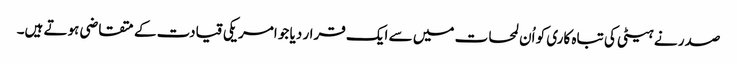
صدر نے ہیٹی کی تباہ کاری کو اُن لمحات میں سے ایک قرار دیا جو امریکی قیادت کے متقاضی ہوتے ہیں۔